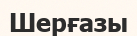
Шерғазы